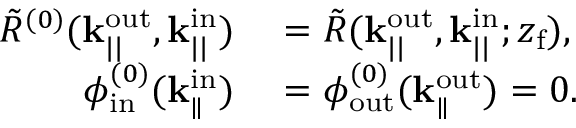
\begin{array} { r l } { \Tilde { R } ^ { ( 0 ) } ( \mathbf { k } _ { | | } ^ { \mathrm { o u t } } , \mathbf { k } _ { | | } ^ { \mathrm { i n } } ) } & { { } = \Tilde { R } ( \mathbf { k } _ { | | } ^ { \mathrm { o u t } } , \mathbf { k } _ { | | } ^ { \mathrm { i n } } ; z _ { \mathrm { f } } ) , } \\ { \phi _ { \mathrm { i n } } ^ { ( 0 ) } ( \mathbf { k } _ { \parallel } ^ { \mathrm { i n } } ) } & { { } = \phi _ { \mathrm { o u t } } ^ { ( 0 ) } ( \mathbf { k } _ { \parallel } ^ { \mathrm { o u t } } ) = 0 . } \end{array}